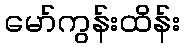
မော်ကွန်းထိန်း